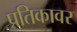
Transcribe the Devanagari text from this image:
प्रतिकावर